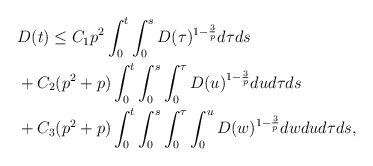
\begin{align*}\begin{aligned}& D(t) \leq C_1p^2\int_{0}^{t}\int_{0}^{s} D(\tau)^{1-\frac{3}{p}}d\tau ds\\& +C_2(p^2+p)\int_{0}^{t}\int_{0}^{s} \int_{0}^{\tau} D(u)^{1-\frac{3}{p}}du d\tau ds \\& +C_3(p^2+p)\int_{0}^{t}\int_{0}^{s} \int_{0}^{\tau} \int_{0}^{u} D(w)^{1-\frac{3}{p}}dw du d\tau ds,\end{aligned}\end{align*}